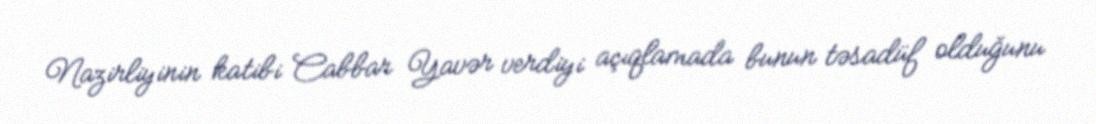
Nazirliyinin katibi Cabbar Yavər verdiyi açıqlamada bunun təsadüf olduğunu